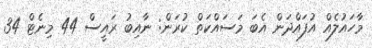
މާހައުލެއް އުފައްދަން އެބަ މަަސައްކަތް ކުރަން: ނާއިބު ރައީސް 44 މިނެޓް 34